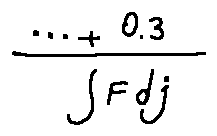
\frac { \cdots + 0 . 3 } { \int F d j }